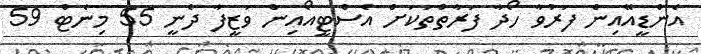
އެންޑީއޭއިން ފަރުވާ ހޯދާ ފަރާތްތަކަށް އެސްޓީއޯއިން ވަޒީފާ ދެނީ 55 މިނެޓް 59